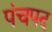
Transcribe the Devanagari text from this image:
पंचपद